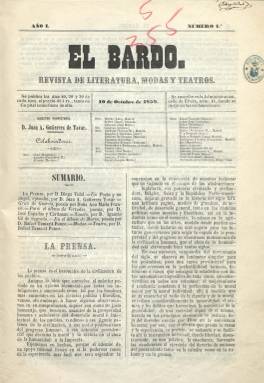
Título: El Bardo (Almería)
Colección: Semanarios de amenidades
Ámbito geográfico: Almería
Lugar de publicación: Almería
Fechas: 10/10/1859-29/02/1860

“Revista de literatura, modas y teatros” reza el subtítulo de esta publicación local almeriense que hay que enmarcarla dentro del movimiento que tantas publicaciones del mismo carácter ofreció en la época romántica y costumbrista, en este caso desde el 10 de octubre de 1859 al 29 de febrero de 1860 en el que fueron editadas hasta un total de quince entregas, de ocho páginas cada una, compuestas a dos columnas, saliendo, primero, de la Imprenta de Antonio García y Compañía y, después, de la de Mariano Álvarez. Apareció El Bardo los días 10, 20 y 30 de cada mes y su propietario, director y editor responsable fue un entonces joven de veintitrés años Juan Gutiérrez de Tovar y Martínez (1836-1913) cuando comenzaba su carrera literaria y periodística, en la que destacaría como poeta epigramático y festivo.

Le acompaña a Gutiérrez de Tovar en los trabajos de su publicación el gergaleño Diego Vidal y Delgado, del que se conoce que en el curso 1857-1858 había sido estudiante de la Facultad de Filosofía y Letras de la Universidad Central, quien actuará como secretario de Redacción y será además autor de un buen número de textos que publique la revista, al igual que Gutiérrez de Tovar, quien en su larga trayectoria adoptará una tendencia anticlerical y republicana y será también redactor del diario La Crónica meridional (1860-1936).

Cada entrega de El Bardo comienza con un artículo de variada temática, dedicando el primero a dar cuenta de los beneficios que aportaba la propia prensa y dedicando otros a la contribución que hacía la educación o la ciencia. A ello añade textos de creación literaria, como la novela original titulada Emilio, insertada por entregas, del citado Vidal y Delgado, y otros en verso. Asimismo tendrá secciones de Modas, Teatro o una Revista de la semana.

Destaca, como en otras publicaciones de igual naturaleza de la época, la presencia de autoras en sus poemas, y en este caso lo fueron Ana María Franco y Aurora de Cánovas. Otros colaboradores de la publicación fueron Cristóbal López Vela, Gaspar Molina y Capel, José María Espadas y Cárdenas, Rafael Tamarit Ponce, Ignacio Gil de Sagredo, Antonio Fernández y Rodríguez, Mariano Álvarez Robles, Cristóbal Espinosa, Luis Barthe, Antonio de Amieba, Antonio Rubio o Rosendo Abad.

Bajo su cabecera publica un cuadro con más de una treintena de colaboradores, en los que se señala su residencia, y entre estas aparecen Granada, para Juan Belver, pero sobre todo Madrid, para Barthe, Fernández y Rodríguez, Victoriano M. Muller, Juan Rada y Delgado o Cristóbal Vidal, entre otros. Asimismo, cada entrega comienza con un sumario de sus contenidos.